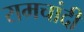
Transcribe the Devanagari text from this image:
रामचांदी